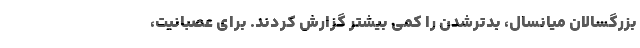
بزرگسالان میانسال، بدترشدن را کمی بیشتر گزارش کردند. برای عصبانیت،